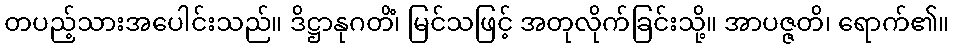
တပည့်သားအပေါင်းသည်။ ဒိဋ္ဌာနုဂတိံ၊ မြင်သဖြင့် အတုလိုက်ခြင်းသို့။ အာပဇ္ဇတိ၊ ရောက်၏။